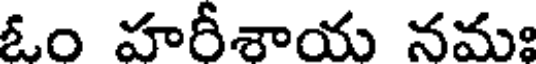
ఓం హరీశాయ నమః